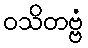
ဝသိတဗ္ဗံ